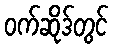
ဝက်ဆိုဒ်တွင်